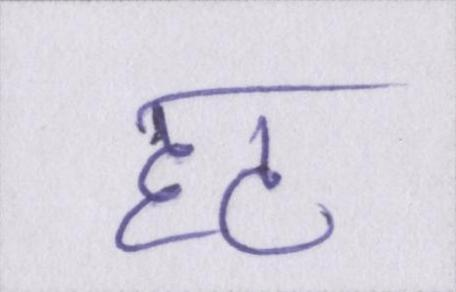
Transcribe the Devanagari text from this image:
हट